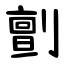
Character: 㔊